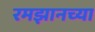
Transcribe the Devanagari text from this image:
रमझानच्या